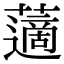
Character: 藡